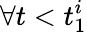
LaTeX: \forall t<t_{1}^{i}